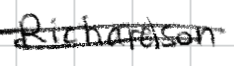
Text: Richardson
Cross-out: double-line
Writing tool: digital_black